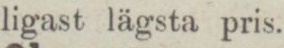
ligast lägsta pris.